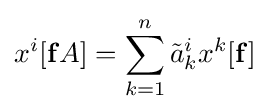
x^{i}[\mathbf {f} A]=\sum _{k=1}^{n}{\tilde {a}}_{k}^{i}x^{k}[\mathbf {f} ]